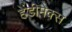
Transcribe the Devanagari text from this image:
हेंडीमेक्स